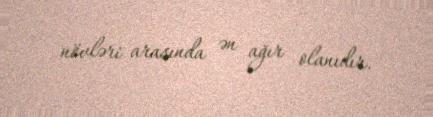
növləri arasında ən ağır olanıdır.